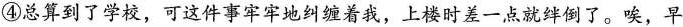
④总算到了学校，可这件事牢牢地纠缠着我，上楼时差一点就绊倒了。唉，早